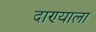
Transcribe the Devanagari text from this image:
दाण्याला